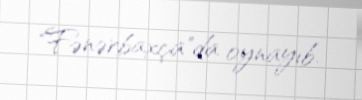
"Fənərbaxça"da oynayıb.